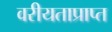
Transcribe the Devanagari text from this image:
वरीयताप्राप्त